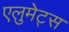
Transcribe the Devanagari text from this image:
एलुमेट्स